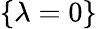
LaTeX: \{ \lambda=0\}